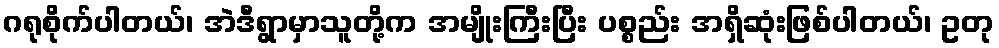
ဂရုစိုက်ပါတယ်၊ အဲဒီရွာမှာသူတို့က အမျိုးကြီးပြီး ပစ္စည်း အရှိဆုံးဖြစ်ပါတယ်၊ ဥတု